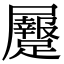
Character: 𪨡